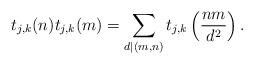
LaTeX: \begin{align*}t_{j,k}(n)t_{j,k}(m)=\sum_{d|(m,n)}t_{j,k}\left( \frac{nm}{d^2}\right).\end{align*}